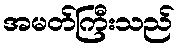
အမတ်ကြီးသည်